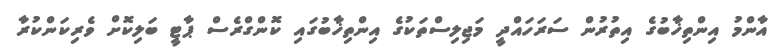
އާންމު އިންތިޚާބުގެ އިތުރުން ސަރަހައްދީ މަޖިލިސްތަކުގެ އިންތިޚާބުގައި ކޮންގްރެސް ޕާޓީ ބަލިކޮށް ވެރިކަންކުރާ